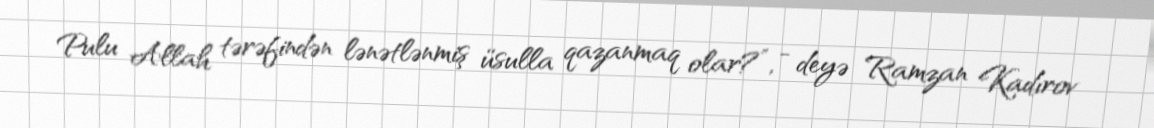
Pulu Allah tərəfindən lənətlənmiş üsulla qazanmaq olar?”, - deyə Ramzan Kadırov